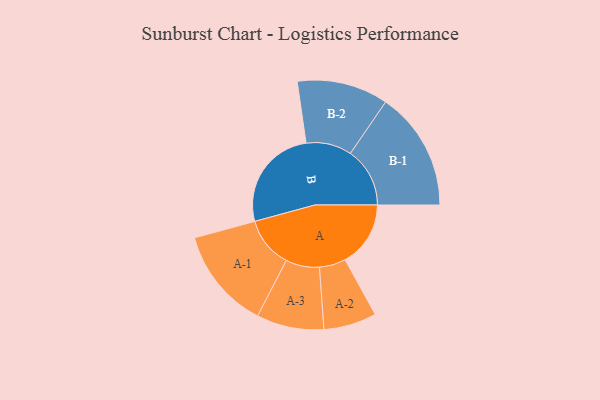
{"axis": {"x": "Segment", "y": "Value"}, "legend": ["", "A", "B"], "data": [{"x": "A", "y": 307, "type": ""}, {"x": "B", "y": 487, "type": ""}, {"x": "A-1", "y": 238, "type": "A"}, {"x": "A-2", "y": 124, "type": "A"}, {"x": "A-3", "y": 158, "type": "A"}, {"x": "B-1", "y": 279, "type": "B"}, {"x": "B-2", "y": 214, "type": "B"}]}